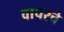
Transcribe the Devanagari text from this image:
वापरचे